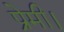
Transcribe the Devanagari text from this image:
प्रेमी।